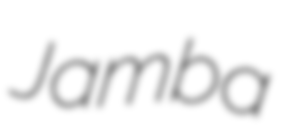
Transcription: Jamba